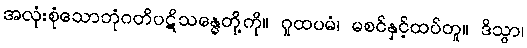
အလုံးစုံသောဘုံဂတိပဋိသန္ဓေတို့ကို။ ဂူထပမံ၊ မစင်နှင့်ထပ်တူ။ ဒိသွာ၊